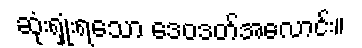
ဆုံးရှုံးရသော ဒေဝဒတ်အလောင်း။